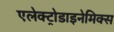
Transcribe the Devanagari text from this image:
एलेक्ट्रोडाइनेमिक्स